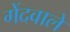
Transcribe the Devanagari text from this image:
गेंदवाले